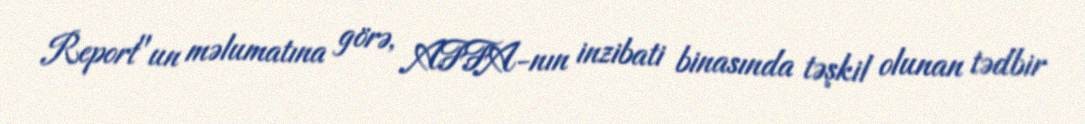
Report"un məlumatına görə, AFFA-nın inzibati binasında təşkil olunan tədbir